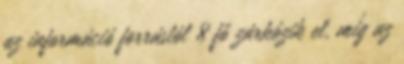
az információ forrástól 8 fő zárkózik el, míg az